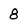
Character: 8